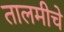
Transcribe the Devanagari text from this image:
तालमीचे